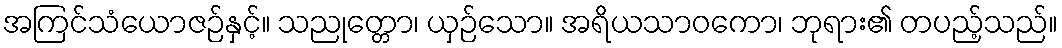
အကြင်သံယောဇဉ်နှင့်။ သညုတ္တော၊ ယှဉ်သော။ အရိယသာဝကော၊ ဘုရား၏ တပည့်သည်။